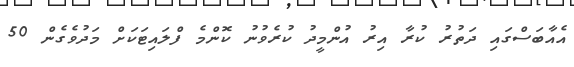
އެއާބަސްގައި ދަތުރު ކުރާ އިރު އުންމީދު ކުރެވުނު ކޮންމެ ފްލައިޓަކަށް މަދުވެގެން 50